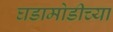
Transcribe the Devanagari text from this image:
घडामोडीच्या